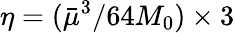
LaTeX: \eta=({\bar{\mu}^{3}}/{64M_{0}})\times 3